Report on sanitation, dispensaries, and jails in Rajputana for 1914, and on vaccination for the year 1914-1915 - 1914-1915
Year: 1914
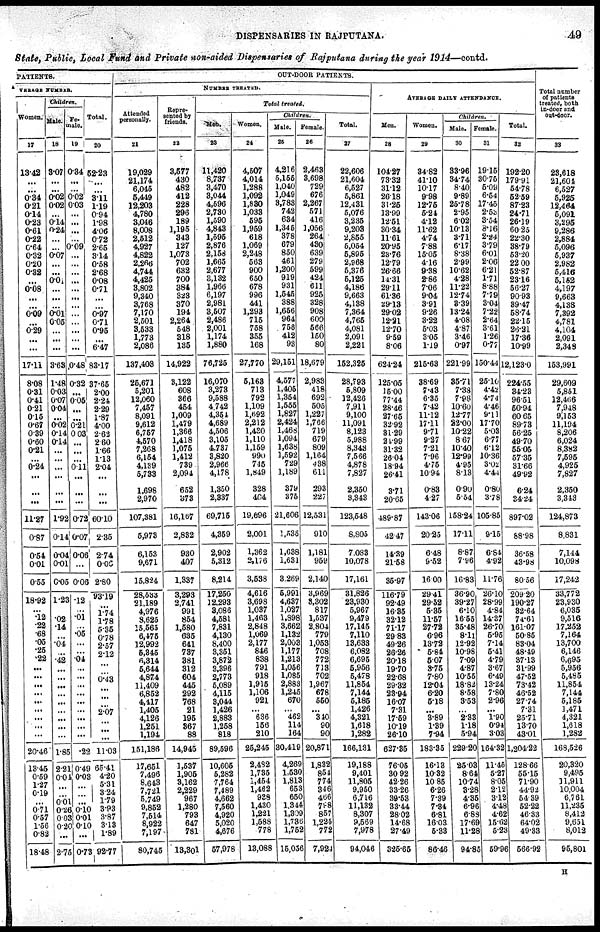
DISPENSARIES IN RAJPUTANA.
49
State, Public, Local Fund and Private non-aided Dispensaries of Rajputana during the year 1914—contd.
PATIENTS.
AVERAGE NUMBER.
Woman.
17
13.42
...
...
0.34
0.21
0.14
0.23
0.61
0.22
0.64
0.32
0.20
0.32
...
0.08
...
...
0.09
...
0.29
...
...
17.11
8.08
0.31
0.41
0.21
0.15
0.67
0.39
0.60
0.21
...
0.24
...
...
...
11.27
0.87
0.54
0.01
0.55
18.92
...
.12
.22
.68
.05
.25
.22
...
...
...
...
...
...
...
...
...
...
120.46
13.45
0.59
1.27
0.19
...
0.71
0.57
1.56
0.82
18.48
Children.
Male.
18
3.07
...
...
0.02
0.02
...
0.14
0.24
...
...
0.07
...
...
0.01
...
...
...
0.01
0.05
...
...
...
3.63
1.48
0.03
0.07
0.04
...
0.02
0.14
0.14
...
...
...
...
...
...
1.92
0.14
0.04
0.01
0.05
1.23
...
.02
.14
...
.04
...
.42
...
...
...
...
...
...
...
...
...
...
1.85
2.21
0.01
...
...
0.01
0.26
0.03
0.20
...
2.75
Fe¬
male.
19
0.34
...
...
0.02
0.03
...
...
...
...
0.09
...
...
...
...
...
...
...
...
...
...
...
...
0.48
0.32
...
0.05
...
...
0.21
0.03
...
...
...
0.11
...
...
...
0.72
0.07
0.06
...
0.08
.12
...
.01
...
.05
...
...
.04
...
...
...
...
...
...
...
...
...
...
.22
0.49
0.03
...
...
...
0.10
0.01
0.10
...
0.73
Total.
20
52.23
...
...
3.11
1.19
0.94
1.98
400
0.72
2.65
314
0.58
2.68
0.08
0.71
...
...
0.97
0.71
0.95
...
6.47
83.17
37.65
2.00
2.24
2.29
1.87
4.00
2.62
2.60
1.66
1.13
2.04
...
...
...
60.10
2.35
2.74
0.05
2.80
93.19
...
1.74
1.78
5.35
0.78
2.57
2.12
...
...
0.43
...
...
...
2.07
...
...
...
11.03
65.41
4.20
5.31
3.24
1.79
3.83
3.87
3.13
1.89
92.77
OUT-DOOR PATIENTS.
NUMBER TREATED.
Attended
personally.
21
19,029
21,174
6,045
5,449
12,203
4,780
3,046
8,008
2,512
4,927
4,822
2,266
4,744
4,425
3,802
9,340
3,768
7,170
2,501
3,5533
1,773
2,086
137,403
25,671
5,201
12,060
7,457
8,091
9,612
6,757
4,570
7,268
6,154
4,189
5,733
1,698
2,970
107,381
5,973
6,153
9,671
15,824
28,533
21,189
4,976
3,625
15,565
6,475
12,992
5,345
6,314
5,644
4,874
11,409
6,852
4,417
1,405
4,126
1,251
1,194
151,186
17,651
7,496
8,643
7,721
5,749
9,852
7,514
8,922
7,197
80,745
Repre-
sented by
friends.
22
3,577
430
482
412
228
296
189
1,195
343
127
1,073
702
632
700
384
323
370
194
2,264
548
318
135
14,922
3,122
608
366
454
1,009
1,479
1,366
1,418
1,075
1,412
739
2,094
652
373
16,167
2,832
930
407
1,337
3,293
2,741
991
854
1,580
635
641
737
381
312
604
445
292
768
21
195
367
88
14,945
1,537
1,905
3,162
2,229
967
1,280
793
647
781
18,301
Total treated.
Men
23
11,420
8,737
3,470
3,044
4,596
2,730
1,590
4,843
1,595
2,876
2,158
1,665
2,677
3,132
1,966
6,197
2,981
3,507
2,486
2,001
1,174
1,880
76,725
16,070
3,273
9,588
4,742
4,351
4,689
4,506
3,105
4,737
3,820
2,966
4,178
1,350
2,337
69,715
4,359
2,902
5,312
8,214
17,250
12,293
3,086
4,581
7,831
4,130
8,400
3,351
3,872
3,396
2,773
5,089
4,115
3,044
1,426
2,883
1,258
818
89,596
10,605
5,282
7,764
7,489
4,662
7,560
4,920
5,020
4,676
57,978
Women.
24
4,507
4,014
1,288
1,092
1,830
1,033
595
1,959
618
1,069
2,248
563
900
650
678
996
441
1,293
715
758
355
168
27,770
5,163
713
792
1,109
1,692
2,212
1,430
1,110
1,159
990
745
1,849
328
404
19,696
2,001
1,362
2,176
3,538
4,616
3,698
1,037
1,463
2,848
1,069
2,177
846
838
791
918
1,915
1,106
921
...
636
156
210
25,245
2,432
1,735
1,454
1,462
938
1,430
1,221
1,588
778
13,088
Children.
Male.
25
4,216
5,155
1,040
1,049
3,783
742
634
1,345
378
679
850
461
1,200
919
931
1,545
388
1,656
964
758
412
93
29,151
4,577
1,405
1,354
1,555
1,827
2,424
1,468
1,094
1,638
1,592
729
1,189
379
375
21,606
1,535
1,638
1,631
3,269
5,991
4,637
1,027
1,898
3,662
1,132
2,003
1,177
1,213
1,056
1,085
2,883
1,245
670
...
462
114
164
30,419
4,269
1,530
1,813
653
650
1,344
1,309
1,736
1,752
15,056
Female.
26
2,463
3,698
729
676
2,267
571
416
1,056
264
430
639
279
599
424
611
925
328
908
600
566
150
80
18,679
2.983
418
692
505
1,227
1,766
719
679
809
1,164
438
611
293
227
12,531
910
1,181
959
2,140
3,969
3,302
817
1,537
2,804
779
1,053
708
772
713
702
1,967
678
550
...
340
90
90
20,871
1,832
854
774
346
466
788
857
1,225
772
7,924
Total.
27
22,606
21,604
6,527
5,861
12,431
5,076
3,235
9,208
2,855
5,054
5,895
2,968
5,376
5,125
4,186
9,663
4,138
7,364
4,765
4,081
2,091
2,221
152,325
28,793
5,809
12,426
7,911
9,100
11,091
8,123
5,988
8,343
7,566
4,878
7,827
2,350
3,343
123,548
8,805
7,033
10,078
17,161
31,826
23,930
5,967
9,479
17,145
7,110
13,633
6,082
6,695
5,956
5,478
11,854
7,144
5,185
1,426
4,321
1,618
1,282
166,131
19,188
9,401
11,805
9,950
6,716
11,132
8,307
9,569
7,978
94,046
AVERAGE DAILY ATTENDANCE.
Men.
28
104.27
73.32
31.12
26.18
31.25
13.99
12.51
30.34
11.61
20.95
23,76
12.79
26.66
14.31
29.11
61.36
29.13
29.02
12.21
12.70
9.59
8.06
624.24
125.05
15.00
77.44
28.46
27.65
32.92
31.29
21.99
31.32
26.04
18.94
26.41
3.71
20.65
489.87
42.47
14.39
21.58
35.97
116.79
92.49
16.35
32.12
71.17
29.83
49.26
20.26
20.18
19.70
22.68
29.32
23.94
16.07
7.31
17.59
10.19
26.10
627.85
76.05
30.92
42.26
33.26
39.53
33.44
28.02
14.68
27.49
325.65
Women.
29
34.82
41.10
10.17
9.98
12.75
5.24
4.12
11.62
4.74
7.88
15.05
4.16
9.38
2.86
7.06
9.04
3.91
9.26
3.22
5.03
3.05
1.19
215.63
38.69
7.43
6.35
742
11.12
17.11
9.71
9.27
7.21
7.96
4.75
10.94
0.83
4.27
143.06
20.25
6.48
9.52
16.00
29.41
29.52
5.35
11.57
27.72
6.96
13.72
5.84
5.07
3.75
7.80
12.04
6.20
5.18
...
3.89
1.89
7.94
183.35
16.13
10.32
10.85
6.26
7.39
7.84
6.81
16.03
5.33
86.46
Children.
Male.
30
33.96
34.74
8.40
9.89
25.78
2.95
6.02
10.13
3.71
6.17
8.38
2.99
10.62
4.28
11.22
12.74
3.39
13.24
4.08
4.87
3.46
0.97
221.99
35.71
7.33
7.98
10.60
12.77
22.00
10.22
8.67
10.40
12.99
4.95
8.13
0.90
5.54
158.24
17.11
8.87
7.96
16.83
36.90
39.27
6.10
16.55
35.48
8.11
12.92
10.98
7.09
4.87
10.55
18.82
8.58
3.53
...
2.33
1.18
5.94
229.20
25.03
8.64
10.74
3.28
435
6.96
6.88
17.69
11.28
94.85
Female.
31
19.15
30.75
5.09
6.54
17.45
2.53
3.54
3.16
2.24
3.79
6.01
2.06
6.21
1.71
8.88
7.79
3.04
7.22
2.64
3.61
1.26
0.77
150.44
25.10
4.42
4.74
4.46
9.11
17.70
5.03
6.77
6.12
10.36
3.02
4.44
0.80
3.78
105.85
9.15
6.84
4.92
11.76
20.10
28.99
4.84
14.37
26.70
5.95
7.14
5.41
4.79
3.67
6.49
13.24
7.80
2.96
...
1.90
0.94
3.03
164.32
11.45
5.27
8.05
2.12
3.15
4.48
4.65
15.62
5.23
59.96
Total.
32
192.20
179.91
54.78
52.59
87.23
24.71
26.19
60.25
22.30
38.79
53.20
22.00
52.87
23.16
56.27
90.93
39.47
58.74
22.15
26.21
17.36
10.99
12,1230
224.55
34.23
96.51
50.94
60.65
89.73
56.25
49.70
55.05
57.35
31.66
49.92
6.24
84.24
897.02
88.98
36.58
43.98
80.56
209.20
190.27
32.64
74.61
161.07
50.85
83.04
48.49
37.13
31.99
47.52
73.42
46.52
27.74
7.31
25.71
13.70
43.01
1,204.22
128.66
55.15
71.90
44.92
54.39
52.22
46.33
64.02
49.33
566.92
Total number
of patients
treated, both
In-door and
out-door.
33
23,618
21,604
6,527
5,925
12,464
5,091
3,295
9,286
2,884
5,096
5,937
2,982
5,418
5,152
4,197
9,663
4,138
7,392
4,781
4,104
2,091
2,348
153,991
29,609
5,851
12,466
7,948
9,153
11,194
8,206
6,024
8,382
7,595
4,925
7,827
2,350
3,343
124,873
8,831
7,144
10,098
17,242
33,772
23,930
6,035
9,516
17,252
7,164
13,700
6,146
6,695
5,956
5,485
11,854
7,144
5,185
1,471
4,321
1,618
1,282
168,526
20,320
9,495
11,911
10,004
6,761
11,235
8,412
9,631
8,012
95,801
H